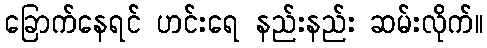
ခြောက်နေရင် ဟင်းရေ နည်းနည်း ဆမ်းလိုက်။